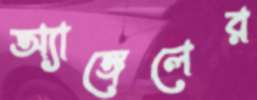
অ্যাঙ্গেলের